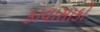
કાવાસાકી